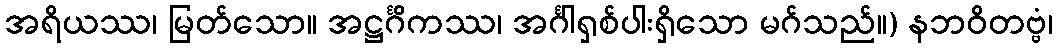
အရိယဿ၊ မြတ်သော။ အဋ္ဌင်္ဂိကဿ၊ အင်္ဂါရှစ်ပါးရှိသော မဂ်သည်။) နဘဝိတဗ္ဗံ၊